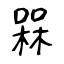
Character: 槑